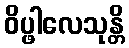
ဝိပ္ဖါလေသုန္တိ